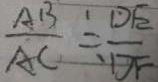
\frac { A B } { A C } = \frac { D E } { D F }